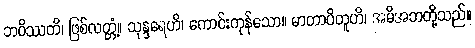
ဘဝိဿတိ၊ ဖြစ်လတ္တံ့။ သုန္ဒရေဟိ၊ ကောင်းကုန်သော။ မာတာပိတူဟိ၊ အမိအဘတို့သည်။